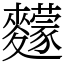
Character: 䵆